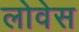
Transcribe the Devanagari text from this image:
लोवेस